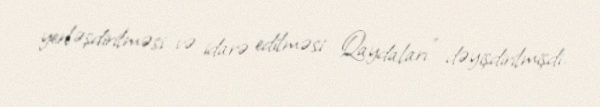
yerləşdirilməsi və idarə edilməsi Qaydaları” dəyişdirilmişdi.